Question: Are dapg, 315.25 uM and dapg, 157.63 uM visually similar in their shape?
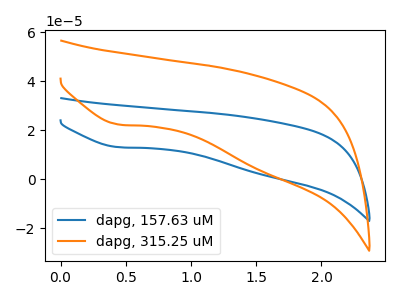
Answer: <think>The blue curve "dapg, 157.63 uM" has a cathodic peak at: (0.45V, 13.05uA). The orange curve "dapg, 315.25 uM" has a cathodic peak at: (0.45V, 22.30uA).
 All the peaks in "dapg, 315.25 uM" have a peak in "dapg, 157.63 uM" at the same potential. Every peak in "dapg, 315.25 uM" is lower than every peak in "dapg, 157.63 uM".</think>
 <answer>"dapg, 315.25 uM" and "dapg, 157.63 uM" are similar in shape.</answer>
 <eval>same_shape</eval>